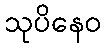
သုပိနေဝ